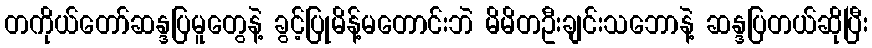
တကိုယ်တော်ဆန္ဒပြမူတွေနဲ့ ခွင့်ပြုမိန့်မတောင်းဘဲ မိမိတဦးချင်းသဘောနဲ့ ဆန္ဒပြတယ်ဆိုပြီး